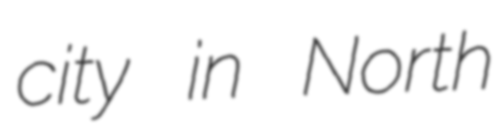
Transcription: city in North